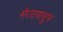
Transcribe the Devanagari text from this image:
मेरठपासून